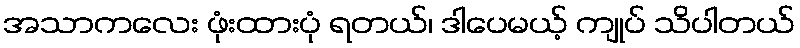
အသာကလေး ဖုံးထားပုံ ရတယ်၊ ဒါပေမယ့် ကျုပ် သိပါတယ်